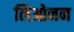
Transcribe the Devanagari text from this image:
लिओनन